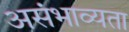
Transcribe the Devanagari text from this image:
असंभाव्यता